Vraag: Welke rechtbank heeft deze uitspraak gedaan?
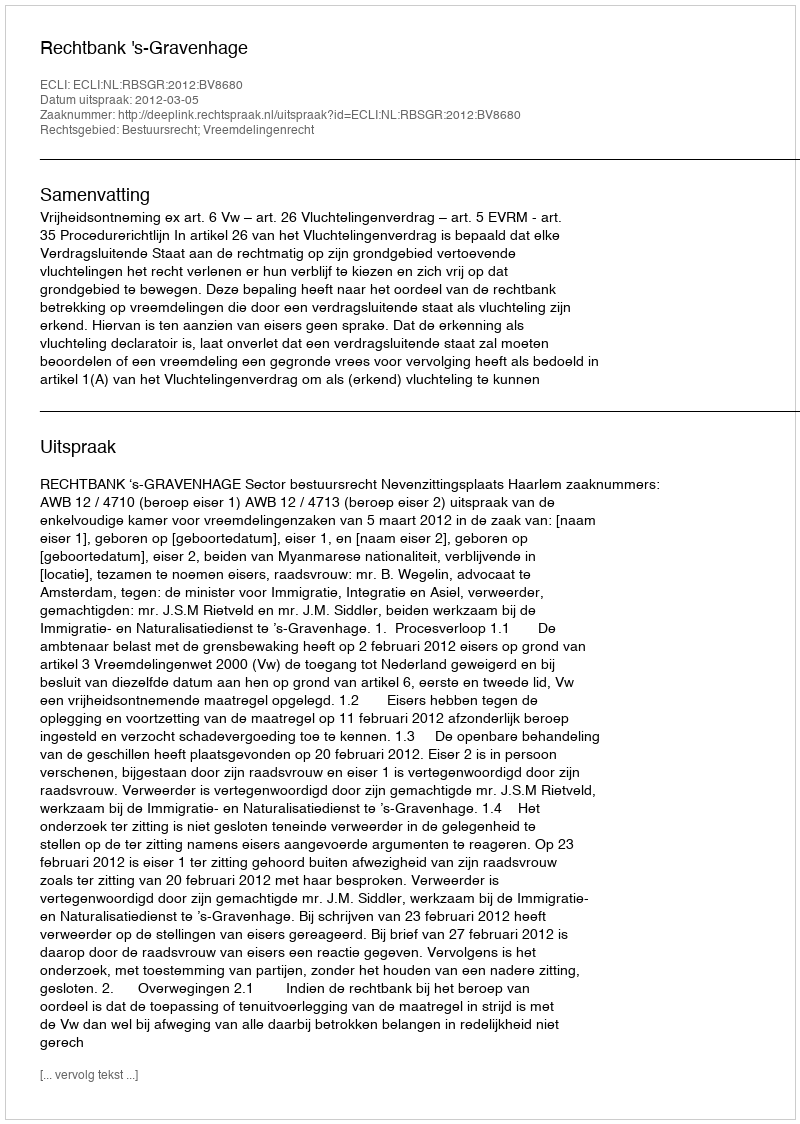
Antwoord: Rechtbank 's-Gravenhage